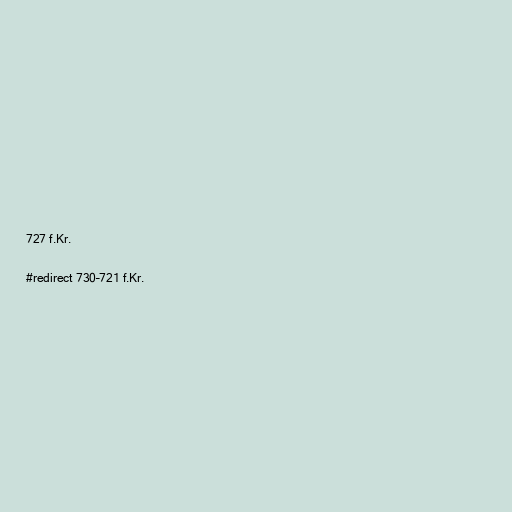
727 f.Kr.

#redirect 730–721 f.Kr.